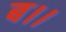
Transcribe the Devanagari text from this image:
ब।।